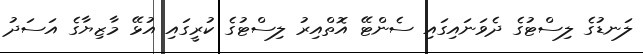
ލަނޑުގެ ލިސްޓުގެ ދެވަނައިގައި ސެންޓޭ އޮތްއިރު ލިސްޓުގެ ކުރީގައި އުޅޭ މާޒިޔާގެ އަސަދު